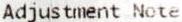
ADJUSTMENT NOTE